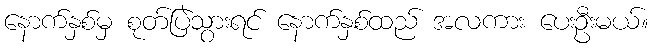
နောက်နှစ်မှ စုတ်ပြဲသွားရင် နောက်နှစ်ထည် အလကား ပေးဦးမယ်။